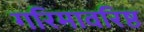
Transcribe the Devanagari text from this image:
गरिमावरिष्ठ